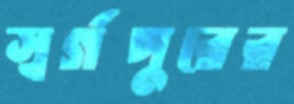
স্বর্গপুরের